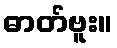
ဓာတ်ဗူး။